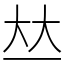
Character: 𠀤